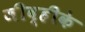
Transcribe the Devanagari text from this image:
जीव्हीके